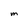
Character: m